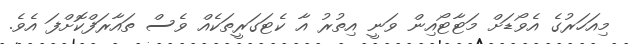
މިއަހަރުގެ އެވޯޑަށް މަޓާޓޯއިން ވަނީ އިތުރު އާ ކެޓަގަރީތަކެއް ވެސް ތައާރަފްކޮށްފަ އެވެ.